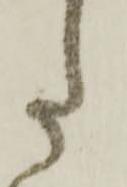
た